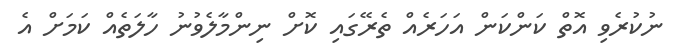
ނުކުރެވި އޮތް ކަންކަން އަހަރެއް ތެރޭގައި ކޮށް ނިންމާލެވުނު ހާލަތެއް ކަމަށް އެ